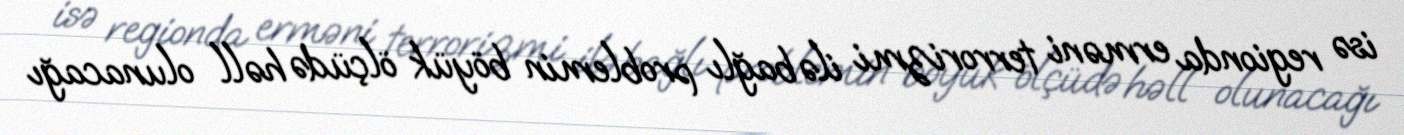
isə regionda erməni terrorizmi ilə bağlı problemin böyük ölçüdə həll olunacağı